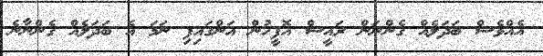
އެއްވެސް ބަދަލެއް ގެންނަން ރައީސް އޮފީހުން އަންގައިފި ނަމަ އެ ބަދަލެއް ގެންނާނެ